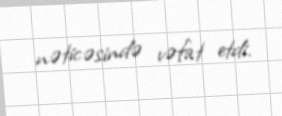
nəticəsində vəfat etdi.